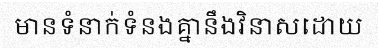
មានទំនាក់ទំនងគ្នានឹងវិនាសដោយ